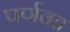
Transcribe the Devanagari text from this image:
पर्णवत